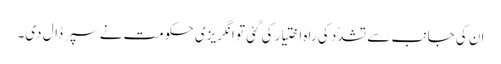
ان کی جانب سے تشدّد کی راہ اختیار کی گئی تو انگریزی حکومت نے سپر ڈال دی۔